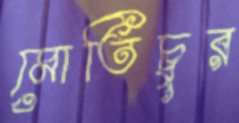
মোতিচুর